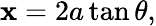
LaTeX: \mathbf{x}=2a\tan\theta,